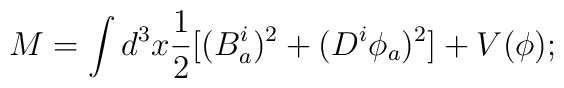
M = \int d^3 x \frac {1}{2}  [ (B_a^{i})^2+(D^{i} \phi_a)^2] +V(\phi);